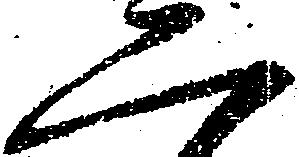
二